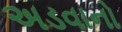
અડવાનો